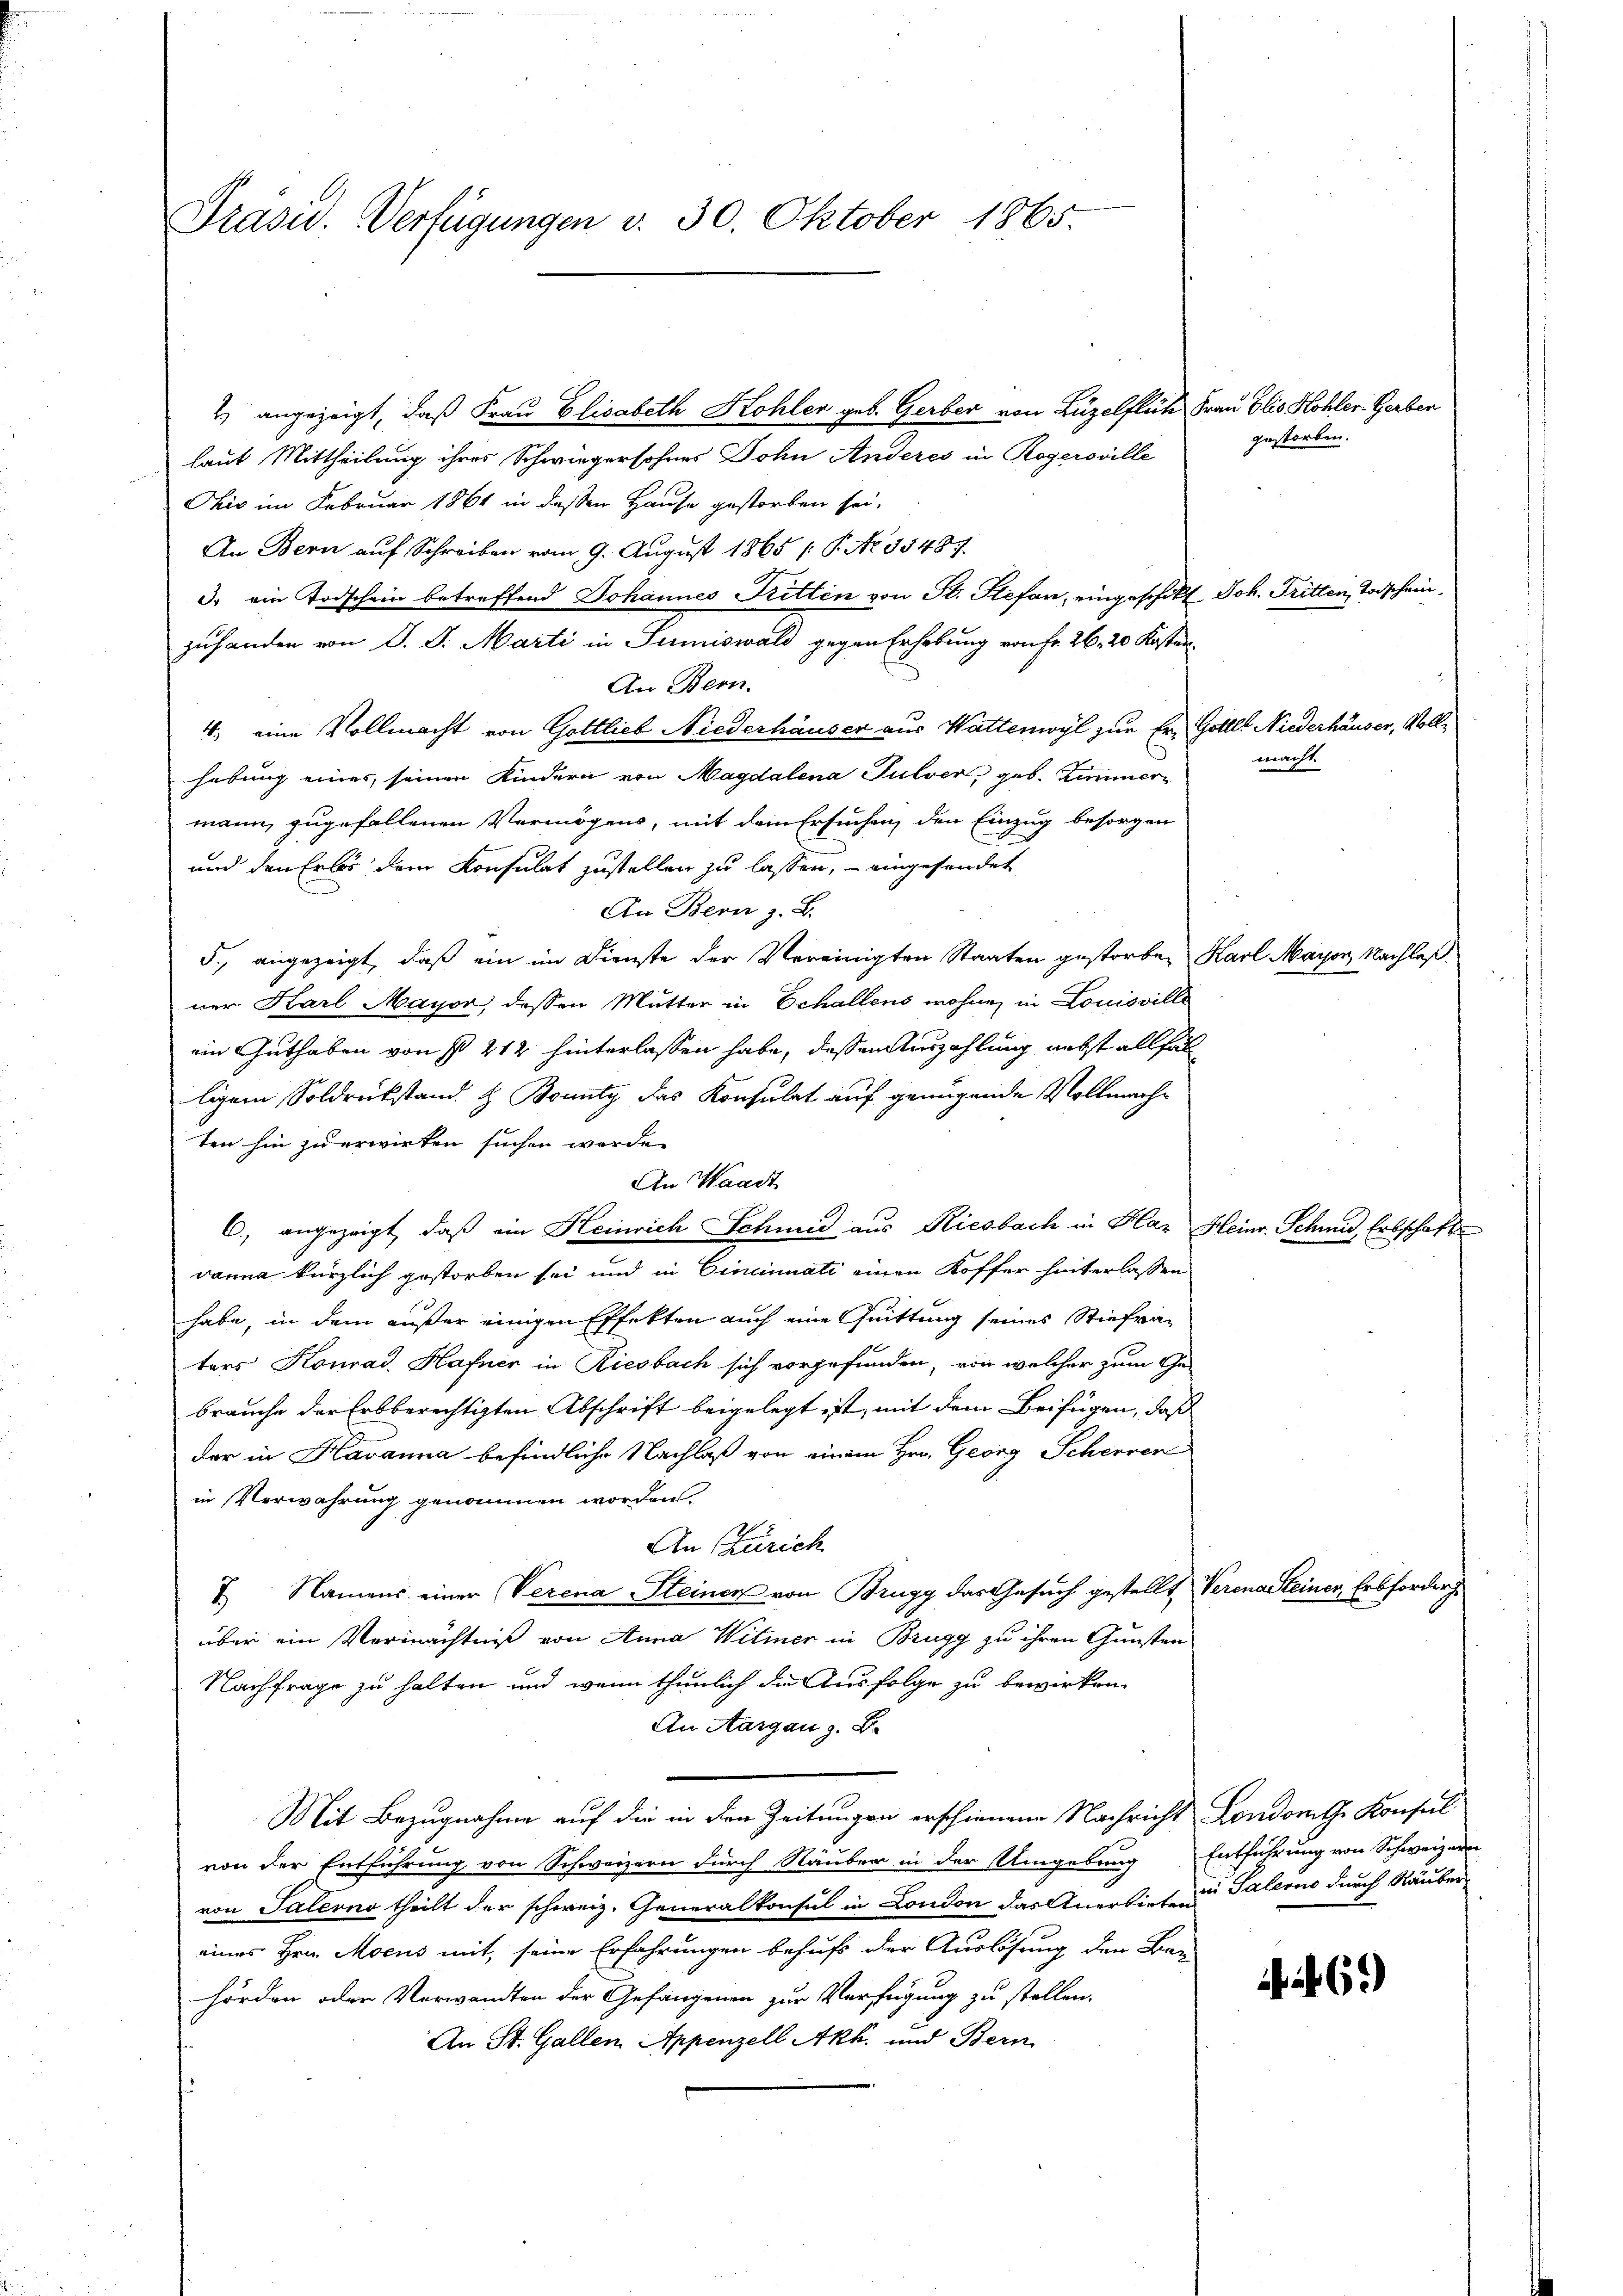
Präsid. Verfügungen v. 30. Oktober 1865.

Chić im Februar 1861 in dessen Hause gestorben sei.
An Bern auf Schreiben vom 9. August 1865 /: P. Nr. 354 Sch
3. ein Todschein betreffend Johannes Ritten von St. Stefan, eingeschikt Joh. Tritten Todschein
zuhanden von D. P. Marti in Sumiswald gegen Erhebung von Fr. 26. 20 Kasten
An Bern.
4. eine Vollmacht von Gottlieb Niederhäuser aus Wattenwyl zur Er- Gottel Niederhäuser, Vollhebung eines, seinen Kindern von Magdalena Pulver geb. Zimmermann, zugefallenen Vermögens, mit dem Ersuchen, den Einzug besorgen
und den Erlös dem Konsulat zustellen zu lassen, – eingesendet
An Bern z. B.
5., angezeigt, daß ein im Dienste der Vereinigten Staaten gestorben Karl Mayon, Nachlaß.
ner Karl Mayor, dessen Mutter in Schallens wohne in Louisville
ein Guthaben von § 212 hinterlassen habe, dessen Auszahlung nebst allfäll
ligem Soldrückstand & Bounty das Konsulat auf genügende Vollmachten hin zu erwirken suchen werde.
An Waadt
A
C., angezeigt, daß ein Heinrich Schmid aus Riesbach in Haz Heinr. Schweid, Erbschafts
vanna kürzlich gestorben sei und in Cincinati einen Koffer hinterlassen
habe, in dem außer einigen Effekten auch eine Quittung seines Stiefraters Konrad Hafner in Riesbach sich vorgefunden, von welcher zum Ge-
brauche der Erbberechtigten Abschrift beigelegt ist, mit dem Beifügen, daß
der in Havanna befindliche Nachlaß von einem Hrn. Georg Schernen
in Verwahrung genommen worden.
An Zürich
I. Namens einer Verena Steinen von Brugg das Gesuch gestellt Verena Steiner, Erbforderüber ein Vermächtniß von Anna Witwer in Brugg zu ihren Gunsten
Nachfrage zu halten und wenn thunlich die Ausfolge zu bewirken.
An Aargau z. B.
Mit Bezugnahme auf die in den Zeitungen erschienene Nachricht Londorthe Konsul
von der Entführung von Schweizern durch Räuber in der Umgebung Entführung von Schweizern
von Salerno theilt der schweiz. Generalkonsul in London das Anerbiet u Salers durch Räuber
eines Hrn. Mocus mit, seine Erfahrungen behufs der Auslösung der Bau-
hörden oder Verwandten der Gefangenen zur Verfügung zu stellen.
An St. Gallen Appenzell Akh. und Bern

2.) angezeigt, daß Frau Elisabeth Kohler geb. Gerber von Luzelfliche Frau Elis Kohler-Gerber
laut Mittheilung ihres Schwiegersohnes Dohn Anderes in Rogeroville

gestorben.

macht.

69)